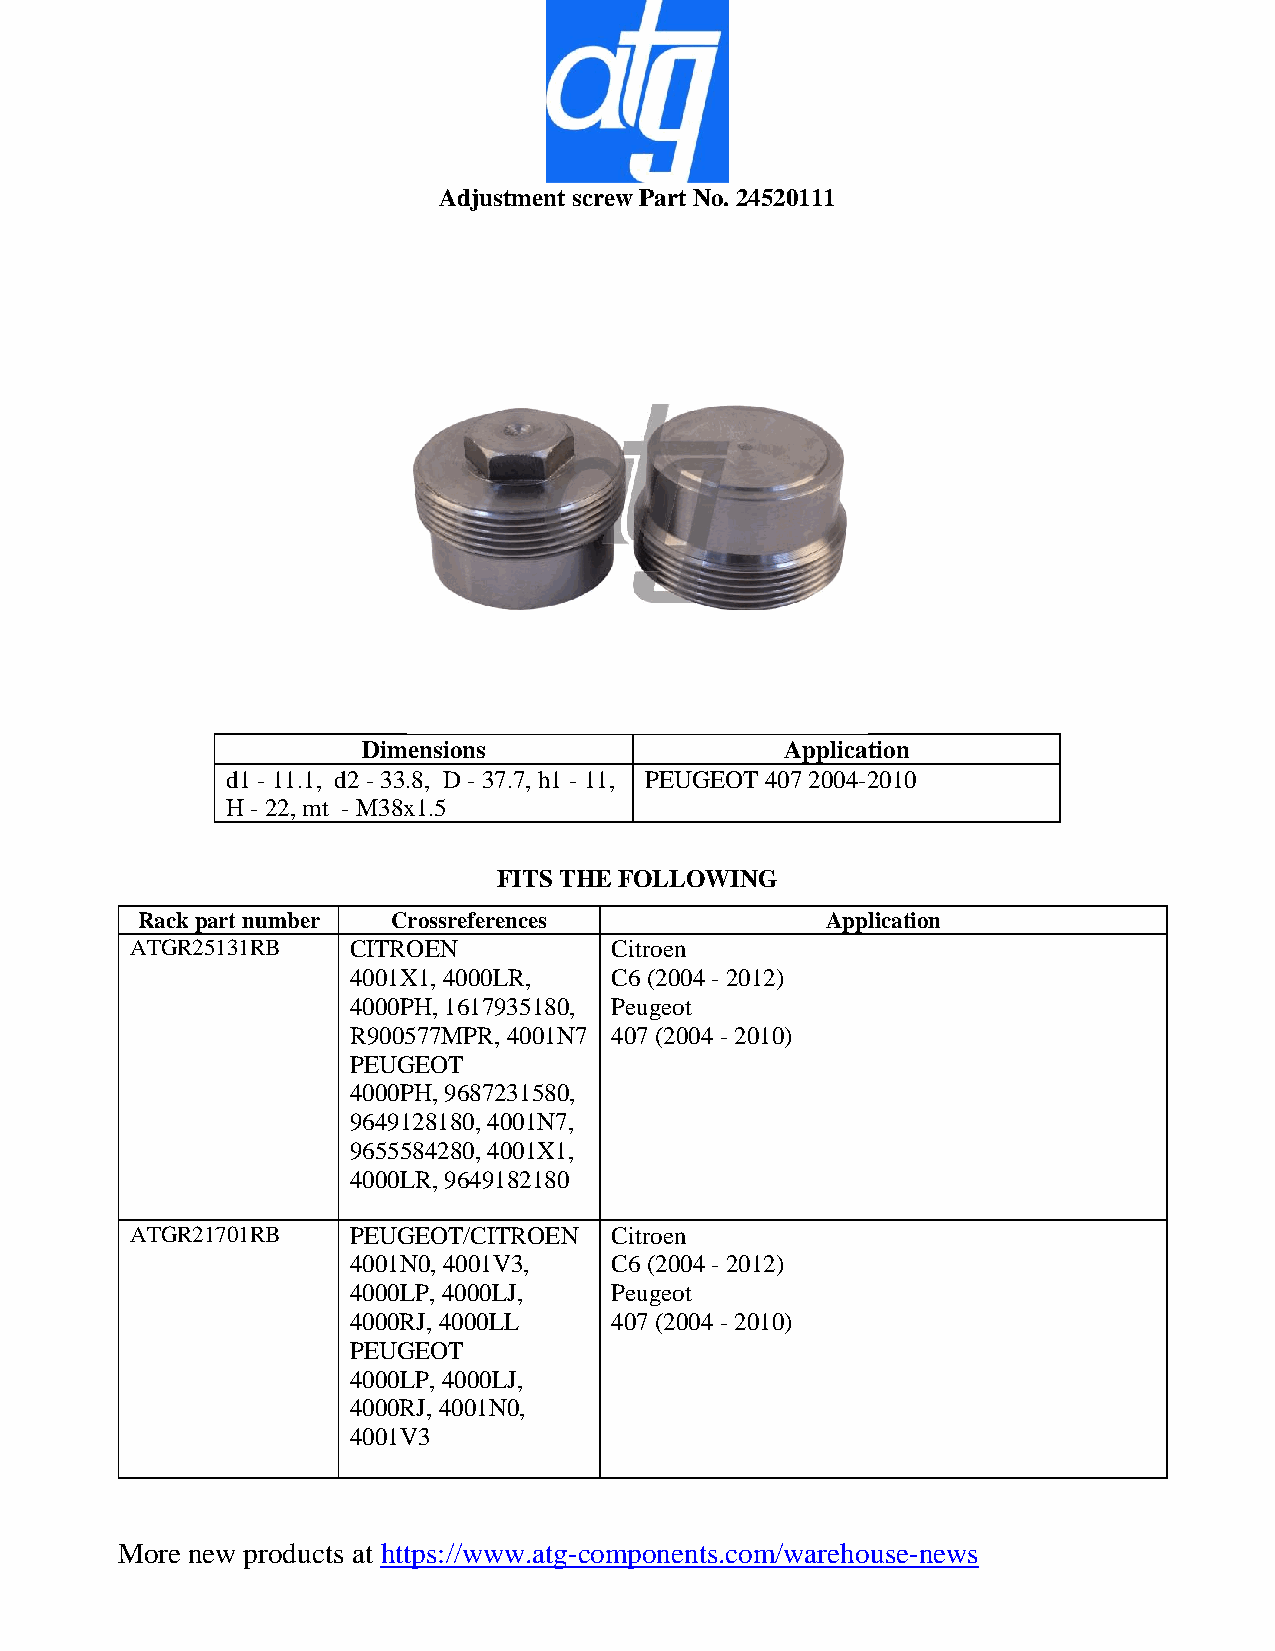
Adjustment screw Part No. 24520111
 Dimensions                  Application
 d1 - 11.1, d2 - 33.8, D - 37.7, h1 - 11, PEUGEOT 407 2004-2010
 H - 22, mt - M38x1.5
 FITS THE FOLLOWING
 Rack part number Crossreferences              Application
 ATGR25131RB   CITROEN          Citroen
 4001X1, 4000LR,  C6 (2004 - 2012)
 4000PH, 1617935180, Peugeot
 R900577MPR, 4001N7 407 (2004 - 2010)
 PEUGEOT
 4000PH, 9687231580,
 9649128180, 4001N7,
 9655584280, 4001X1,
 4000LR, 9649182180
 ATGR21701RB   PEUGEOT/CITROEN  Citroen
 4001N0, 4001V3,  C6 (2004 - 2012)
 4000LP, 4000LJ,  Peugeot
 4000RJ, 4000LL   407 (2004 - 2010)
 PEUGEOT
 4000LP, 4000LJ,
 4000RJ, 4001N0,
 4001V3
 More new products at https://www.atg-components.com/warehouse-news